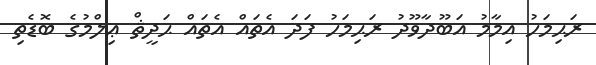
ރަޙިމަހު އިމާމު އަބޫދާވޫދު ރަޙިމަހު ފަދަ އެތައް އެތައް ޙަދީޘް ޢިލްމުގެ ބޮޑެތި